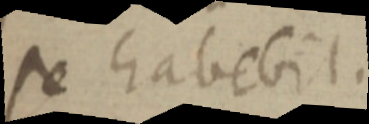
se habebit.